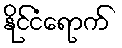
နိုင်ငံရောက်